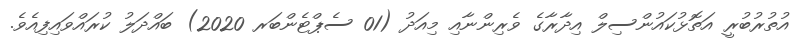
އުތުރުބުރީ އަތޮޅުކައުންސިލް އިދާރާގެ ވެރިންނާއި މިއަދު (01 ސެޕްޓެންބަރ 2020) ބައްދަލު ކުރައްވައިފިއެވެ.